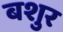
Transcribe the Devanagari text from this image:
बशुर